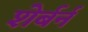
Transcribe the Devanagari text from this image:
शेर्बर्न